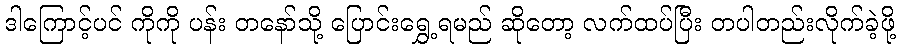
ဒါကြောင့်ပင် ကိုကို ပန်း တနော်သို့ ပြောင်းရွှေ့ရမည် ဆိုတော့ လက်ထပ်ပြီး တပါတည်းလိုက်ခဲ့ဖို့